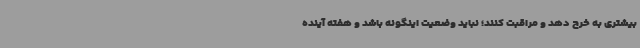
بیشتری به خرج دهد و مراقبت کنند؛ نباید وضعیت اینگونه باشد و هفته آینده